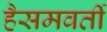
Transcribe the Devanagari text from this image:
हैसमवर्ती